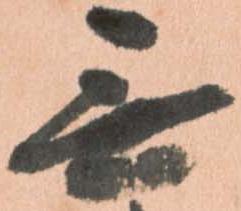
無